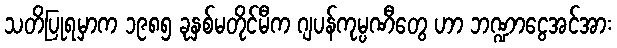
သတိပြုရမှာက ၁၉၈၅ ခုနှစ်မတိုင်မီက ဂျပန်ကုမ္ပဏီတွေ ဟာ ဘဏ္ဍာငွေအင်အား